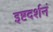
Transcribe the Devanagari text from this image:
इष्टदर्शनं